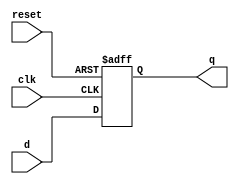

module flopr #(parameter WIDTH = 8)
(
	input  wire             clk,
	input  wire             reset,
	input  wire [WIDTH-1:0] d,
	output reg  [WIDTH-1:0] q
);

always @(posedge clk, posedge reset)
	if (reset) 
		q <= 0;
	else       
		q <= d;
endmodule